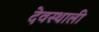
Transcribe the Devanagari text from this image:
देवस्थाली